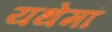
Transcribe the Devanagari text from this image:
यथेमां